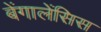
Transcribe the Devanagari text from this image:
बेंगालेंसिस